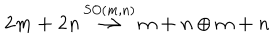
LaTeX: { \bf { 2 m + 2 n } } \, { \stackrel { S O ( m , n ) } { \longrightarrow } } \, { \bf { m + n } } \oplus { \bf { m + n } }